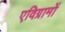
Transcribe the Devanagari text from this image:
एविग्रामों